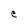
Character: C